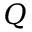
Q